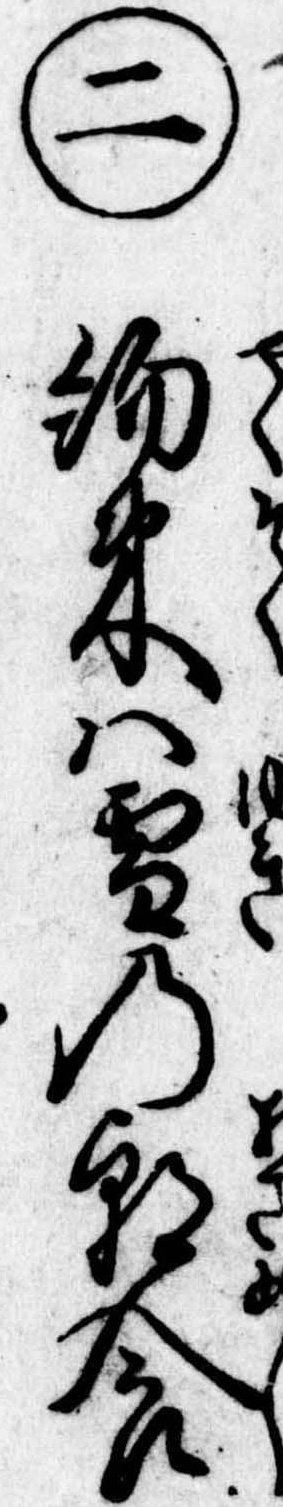
㊁約束は雪の朝食